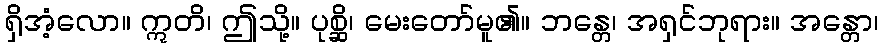
ရှိအံ့လော။ ဣတိ၊ ဤသို့။ ပုစ္ဆိ၊ မေးတော်မူ၏။ ဘန္တေ၊ အရှင်ဘုရား။ အန္တော၊